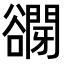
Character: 𧯋